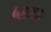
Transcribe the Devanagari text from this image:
४६१७